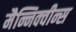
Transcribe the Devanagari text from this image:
मैन्निक्वीन्स